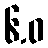
၆.ဝ